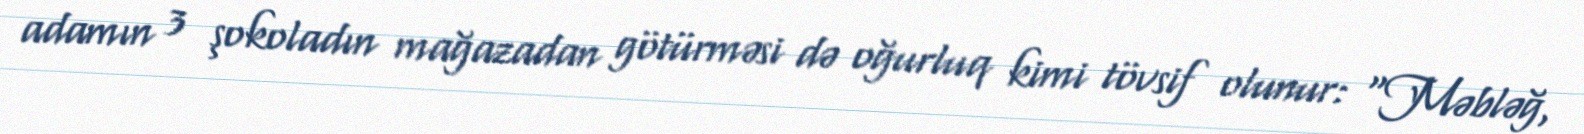
adamın 3 şokoladın mağazadan götürməsi də oğurluq kimi tövsif olunur: “Məbləğ,